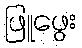
ဖြူဖွေး